Indian journal of veterinary science and animal husbandry - Volume 2,
Year: 1932
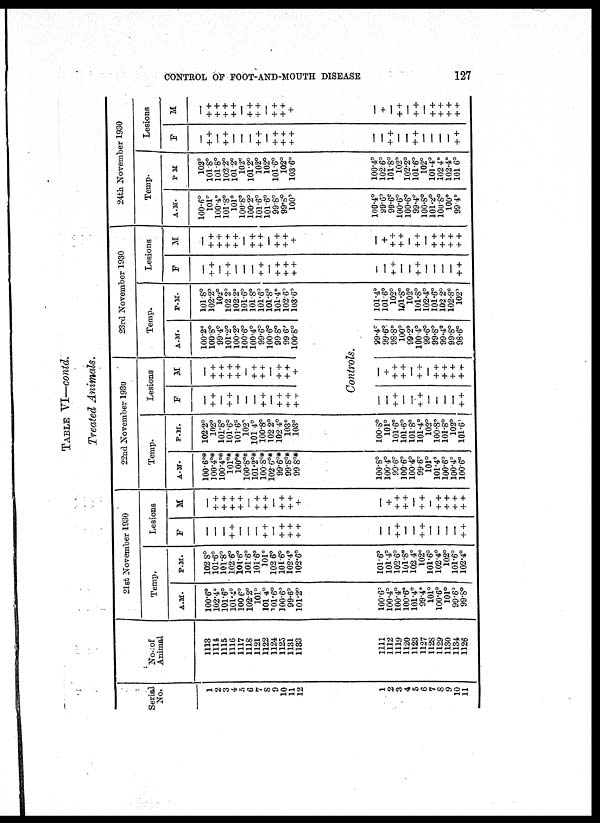
CONTROL OF FOOT-AND-MOUTH DISEASE
127
TABLE VI—contd.
Treated Animals.
Serial
No.
1
2
3
4
5
6
7
8
9
10
11
12
No. of
Animal
1113
1114
1115
1116
1117
1118
1121
1122
1124
1125
1131
1133
21st November 1930
Temp.
A.M.
100.6°
102.4°
101.6°
101.4°
100.6°
102.2°
101°
101.4°
101.6°
100.6°
99.6°
101.2°
P.M.
102.8°
101.6°
101.8°
102.6°
101.6°
101.6°
101.6°
101°
102.6°
101.6°
102.4°
102.6°
Lesions
F
—
—
—
+ +
—
—
—
+ +
—
++
++
+ +
M
—
++
++
+ +
++
—
++
+ +
—
++
++
+
22nd November 1930
Temp.
A.M.
100.6°*
100.4°*
100.4°*
101°*
100°*
100.8°*
101.2°*
100.8°*
102.6°*
99.6°*
99.8°*
99.8°*
P.M.
102.2°
102°
101.8°
101.6°
101.6°
102°
101.4°
100.8°
102.2°
102.4°
103°
103°
1
2
3
4
5
6
7
8
9
10
11
1111
1112
1119
1120
1123
1127
1128
1129
1130
1134
1126
100.6°
100.4°
100.4°
100.6°
101.4°
99.4°
101°
100.6°
101°
99.6°
99.8°
101.6°
101.4°
102.6°
101.8°
102.4°
102°
101.6°
102.4°
102°
101.6°
102.4°
—
—
++
—
—
++
—
—
—
—
++
—
+
+ +
+ +
—
++
—
+ +
++
+ +
++
100.8°
100.4°
99.6°
100.6°
100.4°
99.6°
101°
101.4°
100.6°
100.4°
100.6°
100.8°
101°
101.6°
101.6°
101.8°
101.4°
102°
100.8°
101.8°
102°
101.6°
Lesions
F
—
++
—
+ +
—
—
—
++
—
+ +
+ +
+ +
M
—
+ +
++
++
+ +
—
++
+ +
—
++
+ +
+
23rd November 1930
Temp.
A.M.
100.2°
100.8°
99.4°
101.2°
100.2°
100.6°
100.4°
99.6°
100.6°
99.8°
99.6°
100.8°
P.M.
101.8°
102.2°
102°
102.2°
102.2°
101.6°
101.8°
101.6°
101.8°
101.4°
102.6°
103.6°
Controls.
—
—
+ +
—
—
+ +
—
—
—
—
+ +
—
+
++
+ +
—
+ +
—
++
++
+ +
+ +
99.4°
99.6°
98.8°
100°
99.2°
100.4°
99.6°
99.8°
99.4°
99.8°
98.6°
101.4°
101.6°
102°
10l.8°
102°
101.8°
102.4°
101.6°
102 2°
102.8°
102°
Lesions
F
—
+ +
—
+ +
—
—
—
+ +
—
++
+ +
++
M
—
++
++
++
+ +
—
+ +
+ +
—
+ +
++
+
24th November 1930
Temp.
A.M.
100.6°
101°
100.4°
101.8°
101°
100.8°
100.2°
101.6°
101.6°
99.8°
99.8°
100°
P.M.
102°
101.8°
101.8°
102.2°
101.2°
102°
101.2°
102°
102°
101.6°
102°
103.6°
Lesions
F
—
++
—
++
—
—
—
+ +
—
++
+ +
+ +
M
—
++
++
+ +
++
—
++
++
—
+ +
++
+
—
—
+ +
—
—
+ +
—
—
—
—
++
—
+
+ +
++
—
+ +
—
++
++
+ +
++
100.4°
99.6°
99.6°
100.6°
100.6°
99.4°
100.8°
101.2°
100.8°
100°
99.4°
100.4°
102.6°
101.8°
102°
102.2°
101.6°
102°
101.4°
102.4°
102.4°
101.6°
—
—
+ +
—
—
+ +
—
—
—
—
++
—
+
—
+ +
—
+ +
—
++
++
+ +
+ +